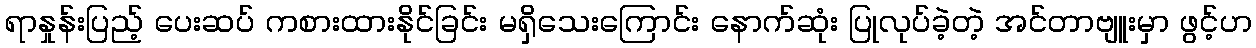
ရာနှုန်းပြည့် ပေးဆပ် ကစားထားနိုင်ခြင်း မရှိသေးကြောင်း နောက်ဆုံး ပြုလုပ်ခဲ့တဲ့ အင်တာဗျူးမှာ ဖွင့်ဟ